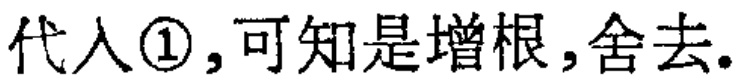
代入\textcircled{1},可知是增根,舍去.